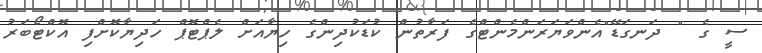
ސީ ގެ " ދަނގަޑޭ"އެންވަޔަރަންމެންޓްގެ ފަރާތުން ކުޑަކުދިންގެ ހިޔާއަށް ލެޕްޓޮޕް ހަދިޔާކޮށްފި އޮކްޓޯބަރު